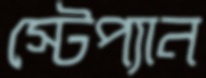
স্টেপ্যান